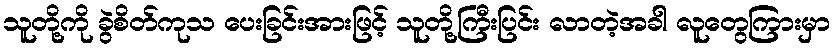
သူတို့ကို ခွဲစိတ်ကုသ ပေးခြင်းအားဖြင့် သူတို့ကြီးပြင်း လာတဲ့အခါ လူတွေကြားမှာ